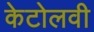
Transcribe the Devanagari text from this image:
केटोलवी